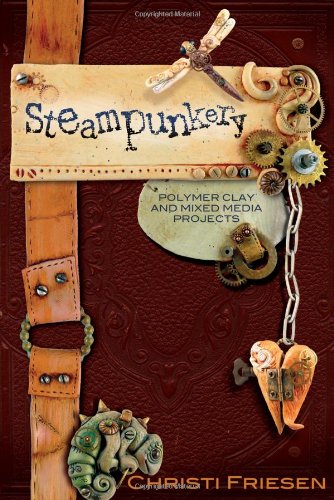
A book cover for Steampunkery: Polymer Clay and Mixed Media Projects; Christi Friesen; Crafts, Hobbies & Home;